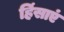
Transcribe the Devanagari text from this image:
हिंसाएं